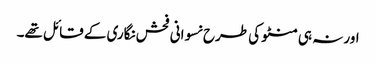
اور نہ ہی منٹو کی طرح نسوانی فحش نگاری کے قائل تھے۔